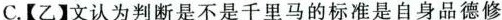
C.【乙文认为判断是不是千里马的标准是自身品德修